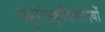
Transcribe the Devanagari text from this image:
बहुसंस्कृतिवादियों